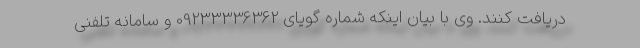
دریافت کنند. وی با بیان اینکه شماره گویای 09233336362 و سامانه تلفنی